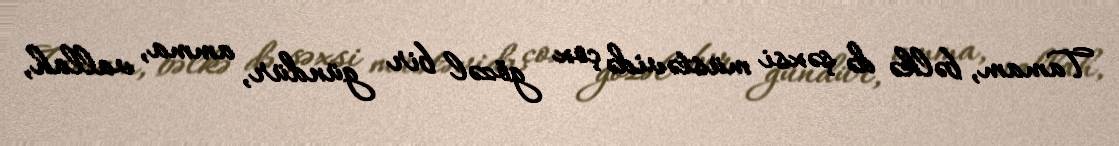
Tamam, bəlkə də şəxsi müstəvidə çox gözəl bir gündür, amma, vallah,